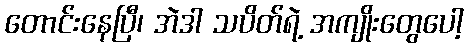
တောင်းနေပြီ၊ အဲဒါ သပိတ်ရဲ့ အကျိုးတွေပေါ့